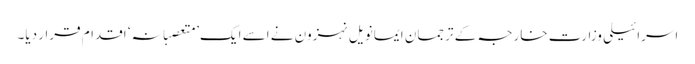
اسرائیلی وزارت خارجہ کے ترجمان ایمانویل نہزون نے اسے ایک’ متعصبانہ‘ اقدام قرار دیا۔